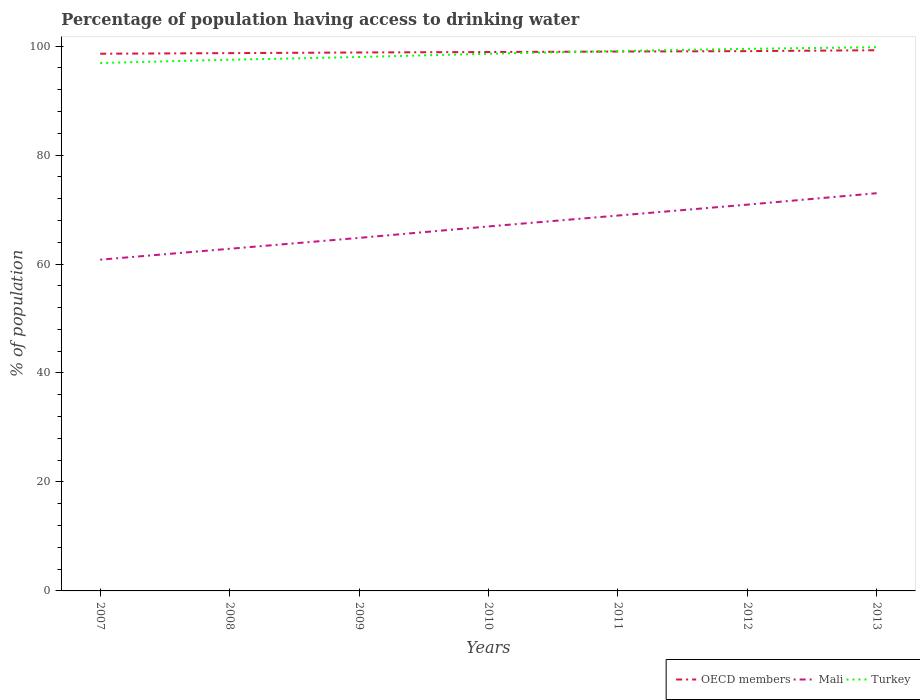
| Years | OECD members | Mali | Turkey |
 | --- | --- | --- | --- |
 | 2007 | 98.6 | 60.8 | 96.9 |
 | 2008 | 98.7 | 62.8 | 97.5 |
 | 2009 | 98.8 | 64.8 | 98 |
 | 2010 | 98.9 | 66.9 | 98.6 |
 | 2011 | 99 | 68.9 | 99.1 |
 | 2012 | 99.1 | 70.9 | 99.5 |
 | 2013 | 99.2 | 73 | 99.8 |